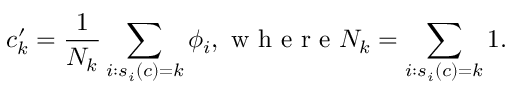
{ c _ { k } ^ { \prime } = \frac { 1 } { N _ { k } } \sum _ { i : s _ { i } ( c ) = k } \phi _ { i } , \mathrm { ~ w ~ h ~ e ~ r ~ e ~ } N _ { k } = \sum _ { i : s _ { i } ( c ) = k } 1 } .